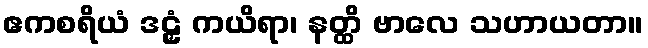
ဧကစရိယံ ဒဠှံ ကယိရာ၊ နတ္ထိ ဗာလေ သဟာယတာ။